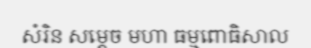
សំរិន សម្តេច មហា ធម្មពោធិសាល